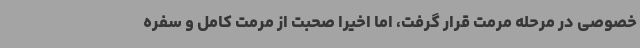
خصوصی در مرحله مرمت قرار گرفت، اما اخیرا صحبت از مرمت کامل و سفره